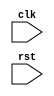
module behavioral_modeling_block (
    input clk, // clock signal
    input rst, // reset signal
    // other input and output signals
    
);

// declare internal signals and variables here

always @(posedge clk or negedge rst) begin
    // logic to be executed when there is a positive edge of the clock signal or a negative edge of the reset signal
    
end

// other logic and functionality of the behavioral modeling block

endmodule